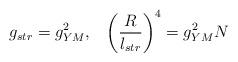
LaTeX: \begin{align*}g_{str}=g_{YM}^2,\;\;\;\left({R\over l_{str}}\right)^4=g_{YM}^2N\end{align*}